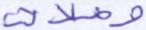
وصلات